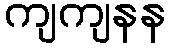
ကျကျနန